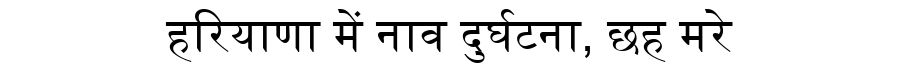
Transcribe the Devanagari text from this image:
हरियाणा में नाव दुर्घटना, छह मरे